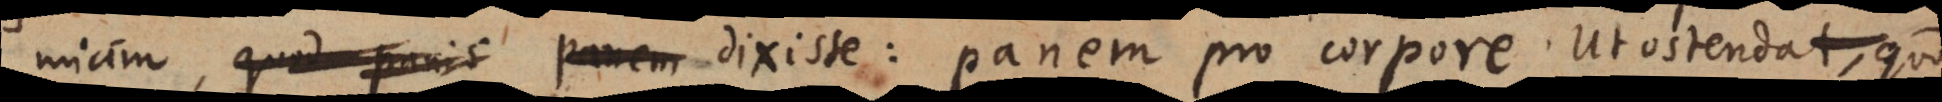
miam dixisse: panem pro corpore ut ostendat, quod